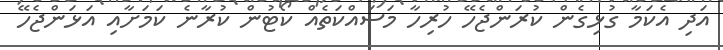
އަދި އެކަމާ ގުޅިގެން ކުރަންޖެހޭ ހުރިހާ މަސައްކަތެއް ކޯޓުން ކުރާނެ ކަމަށާއި އަޅަންޖެހޭ